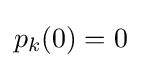
p_{k}(0)=0